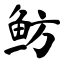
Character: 鲂